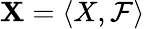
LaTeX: \mathbf{X}=\langle X,{\mathcal{F}}\rangle